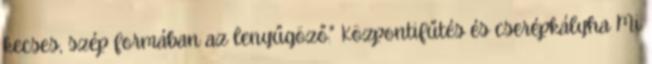
kecses, szép formában az lenyűgöző." Központifűtés és cserépkályha Mi